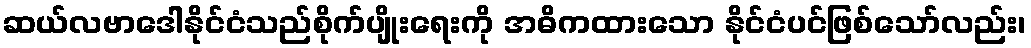
ဆယ်လဗာဒေါနိုင်ငံသည်စိုက်ပျိုးရေးကို အဓိကထားသော နိုင်ငံပင်ဖြစ်သော်လည်း၊